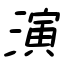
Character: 演